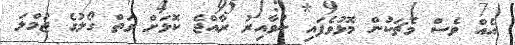
އެއް ވެސް މެޗަކުން މޮޅުވެފައި ނުވާއިރު ރާއްޖެ ކޮޅަށް ވަތް ގޯލުގެ ޖުމްލަ